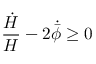
\frac { \dot { H } } { H } - 2 \dot { \bar { \phi } } \geq 0